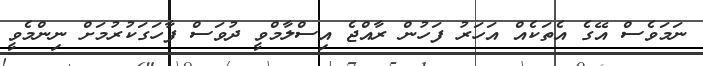
ނަމަވެސް އޭގެ އެތަކެއް އަހަރު ފަހުން ރާއްޖެ އިސްލާމްވީ ދުވަސް ފާހަގަކުރުމަށް ނިންމެވީ